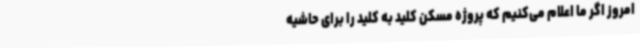
امروز اگر ما اعلام می‌کنیم که پروژه مسکن کلید به کلید را برای حاشیه